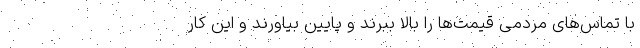
با تماس‌های مردمی قیمت‌ها را بالا ببرند و پایین بیاورند و این کار